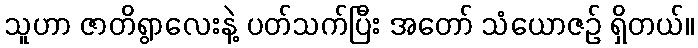
သူဟာ ဇာတိရွာလေးနဲ့ ပတ်သက်ပြီး အတော် သံယောဇဉ် ရှိတယ်။